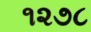
૧૨૭૮